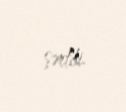
şərtdi.